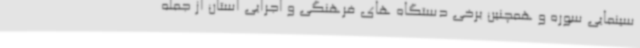
سینمایی سوره و همچنین برخی دستگاه های فرهنگی و اجرایی استان از جمله